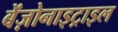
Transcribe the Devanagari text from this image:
बेंज़ोनाइट्राइल